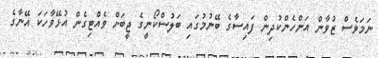
ނަމަވެސް ޒުވާން އަންހެންކުދިން ފައިސާގެ ބޭނުމުގައި ބަލުސްކޯނީގެ ޖީބަށް ވެއްޓިގެން އުޅޭވާހަކަ އޭނާގެ